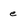
Character: e